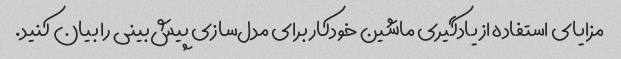
مزایای استفاده از یادگیری ماشین خودکار برای مدل‌سازی پیش‌بینی را بیان کنید.